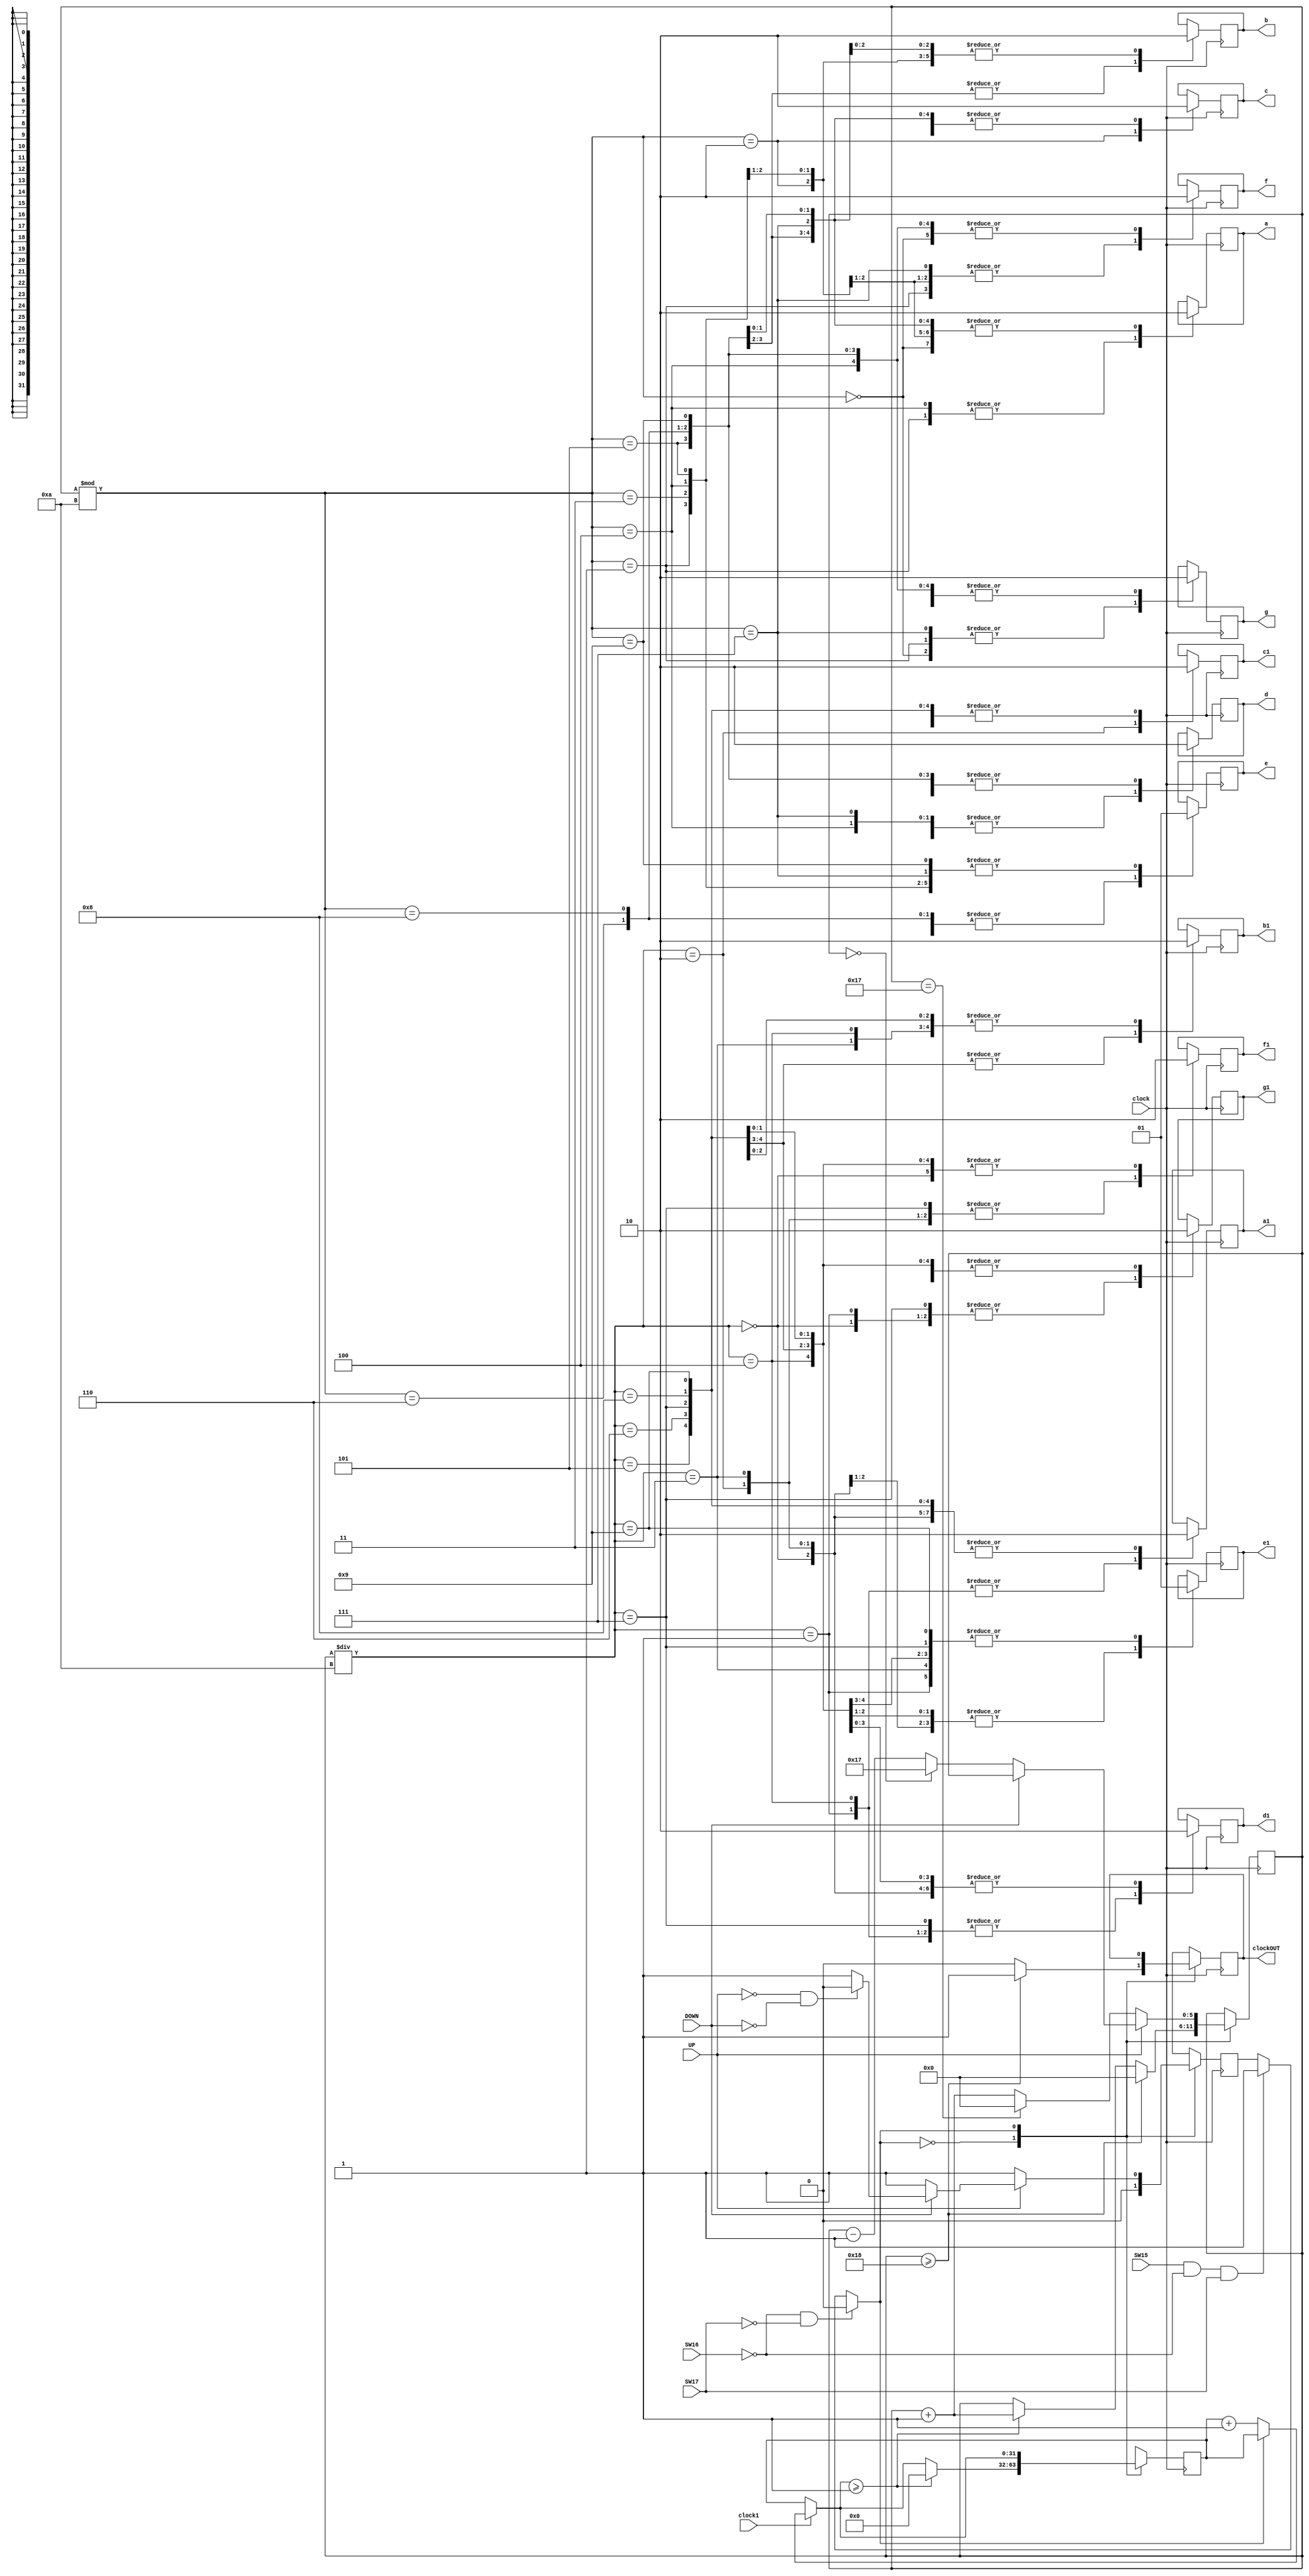
module horas(clock, clock1, UP, DOWN, SW15, SW16, SW17, clockOUT, a, b, c, d, e, f, g, a1, b1, c1, d1, e1, f1, g1);
input clock, UP, DOWN, SW15, SW16, clock1, SW17;
reg [5:0]hora;

output reg clockOUT, a, b, c, d, e, f, g, a1, b1, c1, d1, e1, f1, g1;
reg estado, jafoi = 0;
reg [31:0]count;
initial hora = 15;
initial count = 0;

always @(posedge clock) begin
	if(SW16 == 0 && SW17 == 0)
		estado = 0;
	else if(SW15 == 1 && SW16 == 0 && SW17 == 1)
		estado = 1;
	
	
	case(clock1)
		1 :	if(estado == 0)
				count = count + 1;
	endcase
	
	case(estado)
		0 : begin				
				if(count >= 1)begin
					hora <= hora + 1; 
					count = 0;
					end
				
					
				if(hora >= 24)begin
					clockOUT = 1;
					hora <= 0;
					end
				else
					clockOUT = 0;
			end			
		1 : begin
				if(UP == 0)begin
					if(hora==23)
						hora <= 0;
					else
						hora <= hora + 1;
					jafoi <= 0; end
				else 
				if(DOWN== 0)begin
					if(hora==0)
						hora <= 23;
					else
						hora <= hora - 1;
					jafoi <= 0; end
				else
				if(UP==0 && DOWN==0)
					estado = 0;
							
			end			
	endcase	
	
	case(hora%10)
			0 : begin a <= 0 ; b <= 0 ; c <= 0 ; d <= 0 ; e <= 0 ; f <= 0 ; g <= 1 ;end
			1 : begin a <= 1 ; b <= 0 ; c <= 0 ; d <= 1 ; e <= 1 ; f <= 1 ; g <= 1 ;end
			2 : begin a <= 0 ; b <= 0 ; c <= 1 ; d <= 0 ; e <= 0 ; f <= 1 ; g <= 0 ;end
			3 : begin a <= 0 ; b <= 0 ; c <= 0 ; d <= 0 ; e <= 1 ; f <= 1 ; g <= 0 ;end
			4 : begin a <= 1 ; b <= 0 ; c <= 0 ; d <= 1 ; e <= 1 ; f <= 0 ; g <= 0 ;end
			5 : begin a <= 0 ; b <= 1 ; c <= 0 ; d <= 0 ; e <= 1 ; f <= 0 ; g <= 0 ;end
			6 : begin a <= 0 ; b <= 1 ; c <= 0 ; d <= 0 ; e <= 0 ; f <= 0 ; g <= 0 ;end
			7 : begin a <= 0 ; b <= 0 ; c <= 0 ; d <= 1 ; e <= 1 ; f <= 1 ; g <= 1 ;end
			8 : begin a <= 0 ; b <= 0 ; c <= 0 ; d <= 0 ; e <= 0 ; f <= 0 ; g <= 0 ;end
			9 : begin a <= 0 ; b <= 0 ; c <= 0 ; d <= 0 ; e <= 1 ; f <= 0 ; g <= 0 ;end
		endcase
	case(hora/10)
			0 : begin a1 <= 0 ; b1 <= 0 ; c1 <= 0 ; d1 <= 0 ; e1 <= 0 ; f1 <= 0 ; g1 <= 1 ;end
			1 : begin a1 <= 1 ; b1 <= 0 ; c1 <= 0 ; d1 <= 1 ; e1 <= 1 ; f1 <= 1 ; g1 <= 1 ;end
			2 : begin a1 <= 0 ; b1 <= 0 ; c1 <= 1 ; d1 <= 0 ; e1 <= 0 ; f1 <= 1 ; g1 <= 0 ;end
			3 : begin a1 <= 0 ; b1 <= 0 ; c1 <= 0 ; d1 <= 0 ; e1 <= 1 ; f1 <= 1 ; g1 <= 0 ;end
			4 : begin a1 <= 1 ; b1 <= 0 ; c1 <= 0 ; d1 <= 1 ; e1 <= 1 ; f1 <= 0 ; g1 <= 0 ;end
			5 : begin a1 <= 0 ; b1 <= 1 ; c1 <= 0 ; d1 <= 0 ; e1 <= 1 ; f1 <= 0 ; g1 <= 0 ;end
			6 : begin a1 <= 0 ; b1 <= 1 ; c1 <= 0 ; d1 <= 0 ; e1 <= 0 ; f1 <= 0 ; g1 <= 0 ;end
			7 : begin a1 <= 0 ; b1 <= 0 ; c1 <= 0 ; d1 <= 1 ; e1 <= 1 ; f1 <= 1 ; g1 <= 1 ;end
			8 : begin a1 <= 0 ; b1 <= 0 ; c1 <= 0 ; d1 <= 0 ; e1 <= 0 ; f1 <= 0 ; g1 <= 0 ;end
			9 : begin a1 <= 0 ; b1 <= 0 ; c1 <= 0 ; d1 <= 0 ; e1 <= 1 ; f1 <= 0 ; g1 <= 0 ;end
		endcase
	
end
endmodule